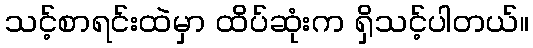
သင့်စာရင်းထဲမှာ ထိပ်ဆုံးက ရှိသင့်ပါတယ်။